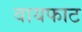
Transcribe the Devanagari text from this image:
वायफाट